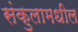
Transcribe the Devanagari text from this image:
संकुलामधील